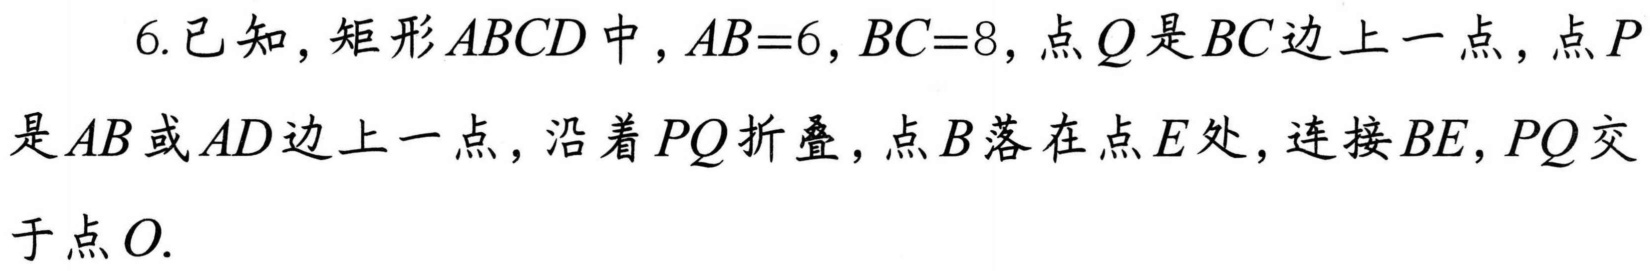
6. 已知，矩形 \(ABCD\) 中，\(AB = 6\)，\(BC = 8\)，点 \(Q\) 是 \(BC\) 边上一点，点 \(P\) 是 \(AB\) 或 \(AD\) 边上一点，沿着 \(PQ\) 折叠，点 \(B\) 落在点 \(E\) 处，连接 \(BE\)，\(PQ\) 交于点 \(O\).